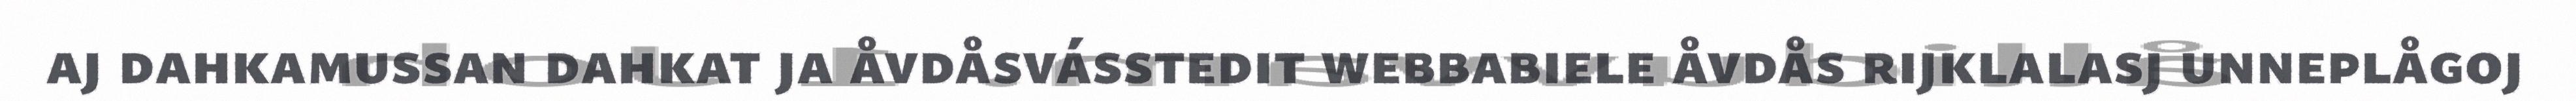
aj dahkamussan dahkat ja åvdåsvásstedit webbabiele åvdås rijklalasj unneplågoj